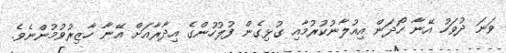
ވަނަ ދުވަހު އޭނާ ހޯދަން އިއުލާނުކުރުމާއި ގުޅިގެން ފުލުހުންގެ އިދާރާއަށް އޭނާ ހާޒިރުވުމުންނެވެ.